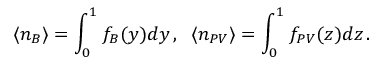
\langle n _ { B } \rangle = \int _ { 0 } ^ { 1 } f _ { B } ( y ) d y \, , \; \; \langle n _ { P V } \rangle = \int _ { 0 } ^ { 1 } f _ { P V } ( z ) d z \, .